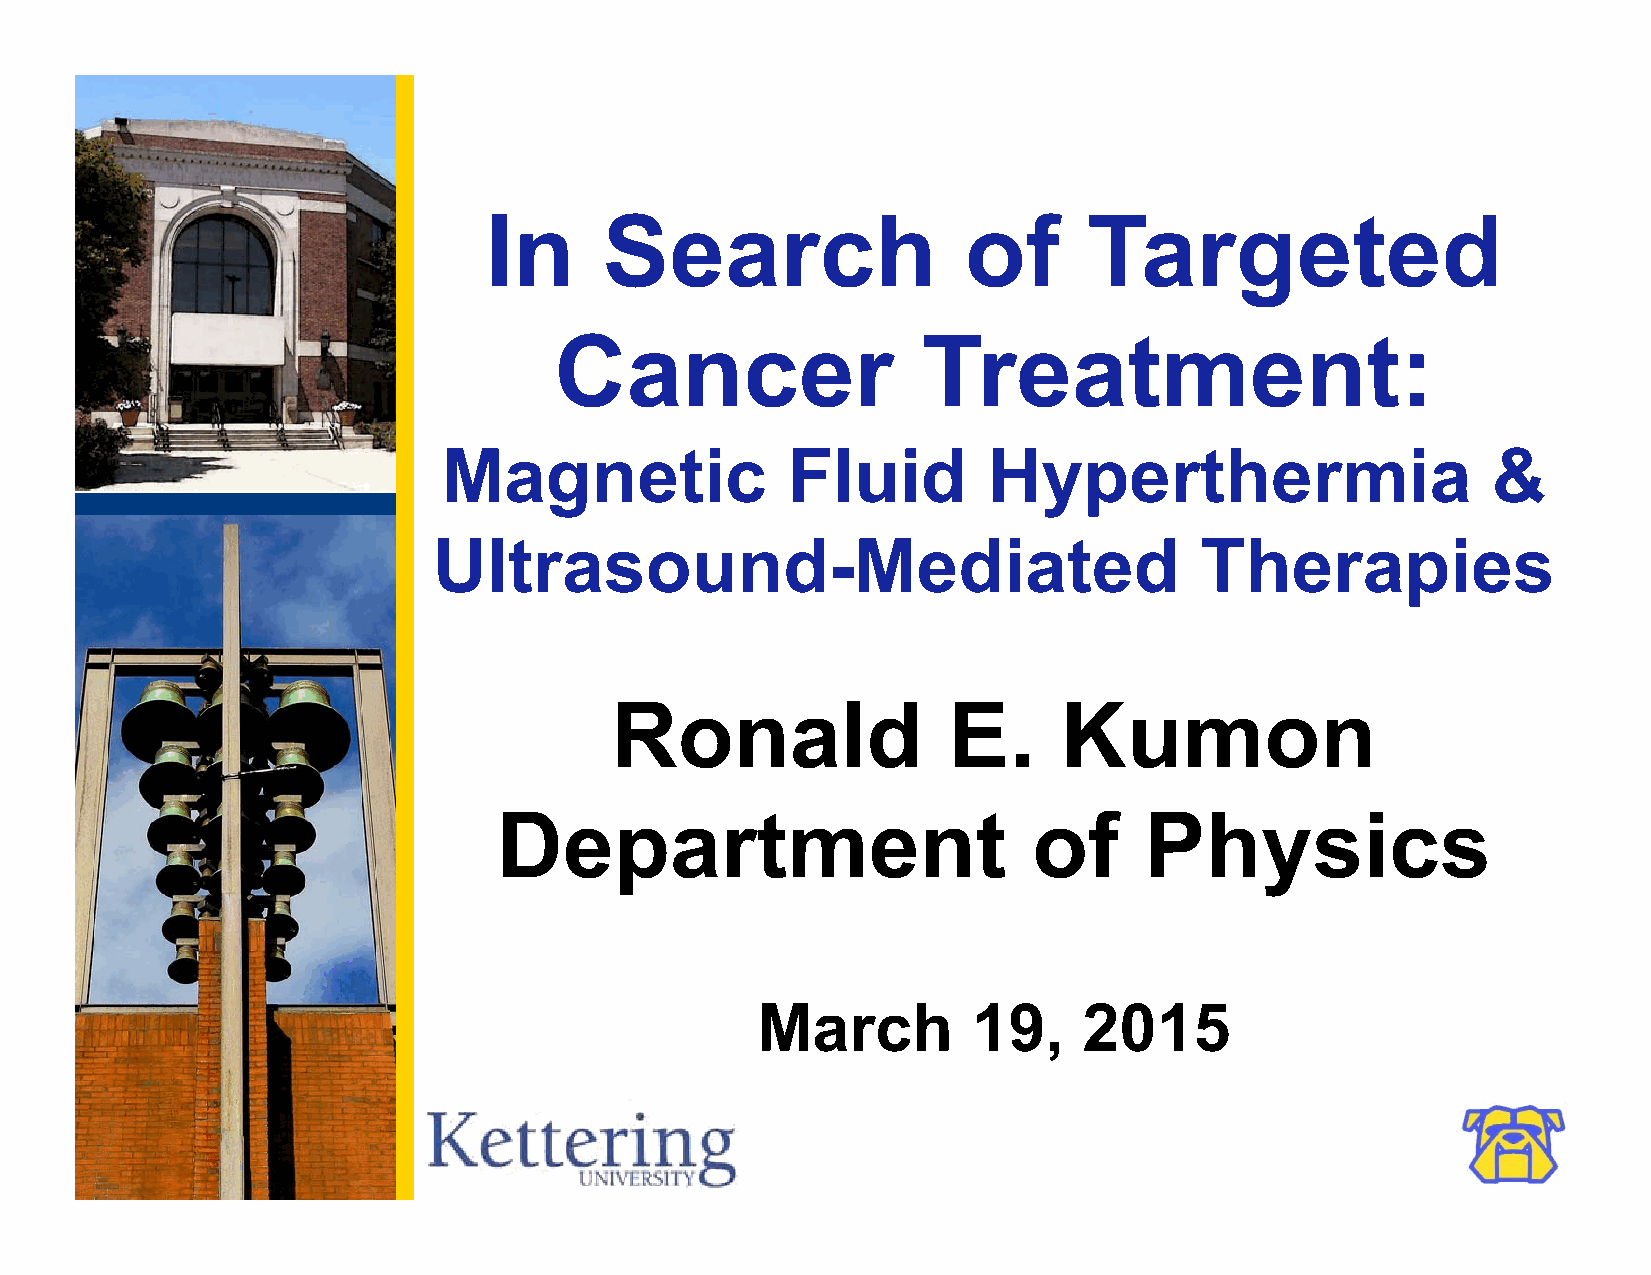
In      Search                  of      Targeted
 Cancer                  Treatment:
 Magnetic               Fluid        Hyperthermia                      &
 Ultrasound-Mediated                               Therapies
 Ronald                 E.     Kumon
 Department                         of      Physics
 March         19,     2015